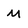
Character: M